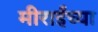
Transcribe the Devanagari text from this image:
मीराईंच्या